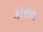
કાસરા